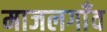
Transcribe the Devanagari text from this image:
माजलगाँव